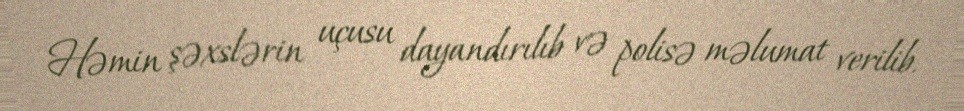
Həmin şəxslərin uçusu dayandırılıb və polisə məlumat verilib.